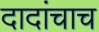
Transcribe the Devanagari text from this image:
दादांचाच